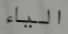
الياء